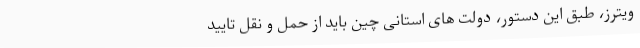
ویترز، طبق این دستور، دولت های استانی چین باید از حمل و نقل تایید